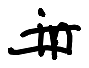
Text: in
Cross-out: mix
Writing tool: digital_black